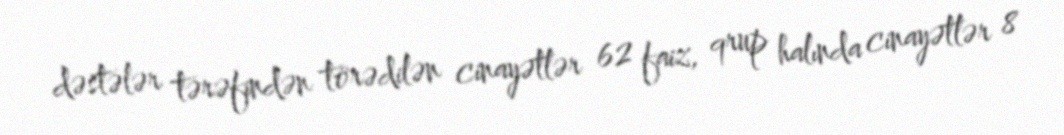
dəstələr tərəfindən törədilən cinayətlər 62 faiz, qrup halında cinayətlər 8